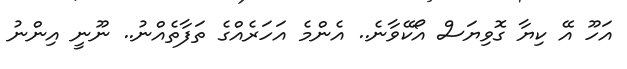
އަހޫ އޭ ކިޔާ ގޮވިޔަސް އޯކޭވާނެ.. އެންމެ އަހަރެއްގެ ތަފާތެއްނު.. ނޫނީ އިންނު